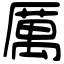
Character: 厲